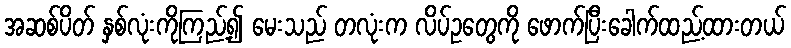
အဆစ်ပိတ် နှစ်လုံးကိုကြည့်၍ မေးသည် တလုံးက လိပ်ဥတွေကို ဖောက်ပြီးခေါက်ထည့်ထားတယ်